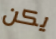
يكن